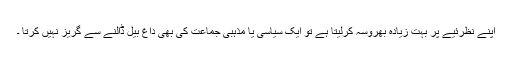
اپنے نظرئیے پر بہت زیادہ بھروسہ کرلیتا ہے تو ایک سیاسی یا مذہبی جماعت کی بھی داغ بیل ڈالنے سے گریز نہیں کرتا ۔